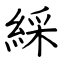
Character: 綵